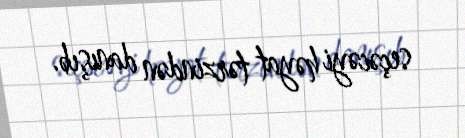
seçəcəyi həyat tərzindən danışıb.